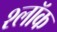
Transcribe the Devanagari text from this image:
श्लॉक